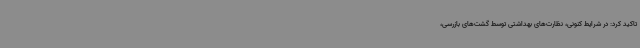
تاکید کرد: در شرایط کنونی، نظارت‌های بهداشتی توسط گشت‌های بازرسی،